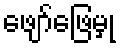
ဖျော်ဖြေမှု